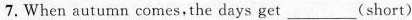
7.When autumn comes,the days get___(short)